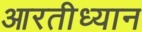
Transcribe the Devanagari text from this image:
आरतीध्यान